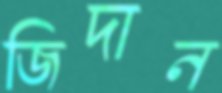
জিদান